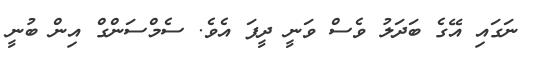
ނަގައި އޭގެ ބަދަލު ވެސް ވަނީ ދީފަ އެވެ. ސެމްސަންގް އިން ބުނީ